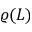
\varrho ( L )